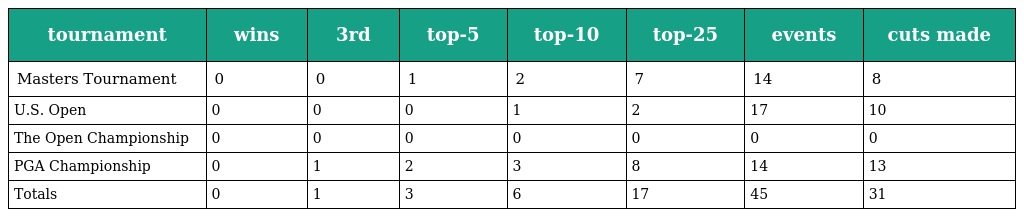
| tournament | wins | 3rd | top-5 | top-10 | top-25 | events | cuts made |
 | --- | --- | --- | --- | --- | --- | --- | --- |
 | Masters Tournament | 0 | 0 | 1 | 2 | 7 | 14 | 8 |
 | U.S. Open | 0 | 0 | 0 | 1 | 2 | 17 | 10 |
 | The Open Championship | 0 | 0 | 0 | 0 | 0 | 0 | 0 |
 | PGA Championship | 0 | 1 | 2 | 3 | 8 | 14 | 13 |
 | Totals | 0 | 1 | 3 | 6 | 17 | 45 | 31 |